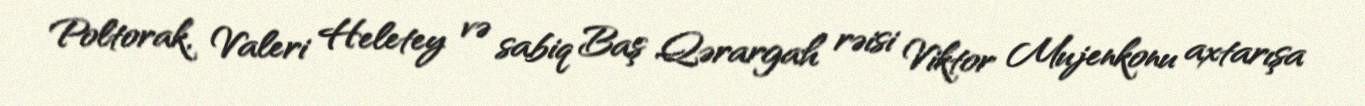
Poltorak, Valeri Heletey və sabiq Baş Qərargah rəisi Viktor Mujenkonu axtarışa